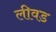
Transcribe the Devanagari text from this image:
लीवड